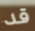
قد